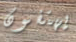
يهتفون